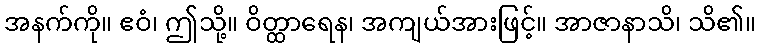
အနက်ကို။ ဧဝံ၊ ဤသို့။ ဝိတ္ထာရေန၊ အကျယ်အားဖြင့်။ အာဇာနာသိ၊ သိ၏။